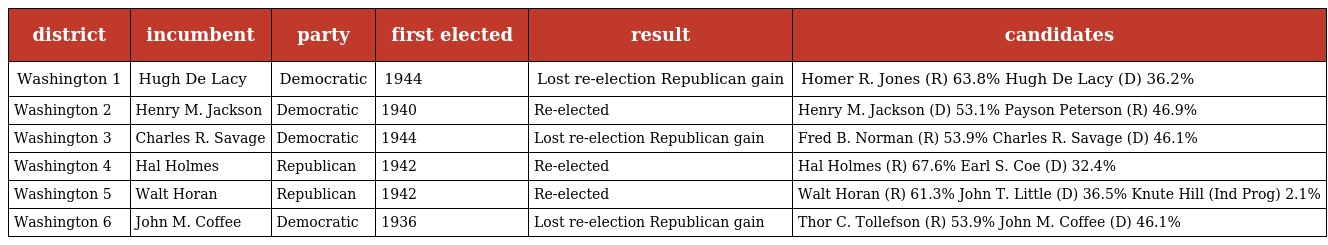
| district | incumbent | party | first elected | result | candidates |
 | --- | --- | --- | --- | --- | --- |
 | Washington 1 | Hugh De Lacy | Democratic | 1944 | Lost re-election Republican gain | Homer R. Jones (R) 63.8% Hugh De Lacy (D) 36.2% |
 | Washington 2 | Henry M. Jackson | Democratic | 1940 | Re-elected | Henry M. Jackson (D) 53.1% Payson Peterson (R) 46.9% |
 | Washington 3 | Charles R. Savage | Democratic | 1944 | Lost re-election Republican gain | Fred B. Norman (R) 53.9% Charles R. Savage (D) 46.1% |
 | Washington 4 | Hal Holmes | Republican | 1942 | Re-elected | Hal Holmes (R) 67.6% Earl S. Coe (D) 32.4% |
 | Washington 5 | Walt Horan | Republican | 1942 | Re-elected | Walt Horan (R) 61.3% John T. Little (D) 36.5% Knute Hill (Ind Prog) 2.1% |
 | Washington 6 | John M. Coffee | Democratic | 1936 | Lost re-election Republican gain | Thor C. Tollefson (R) 53.9% John M. Coffee (D) 46.1% |